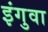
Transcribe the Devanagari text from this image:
इंगुवा